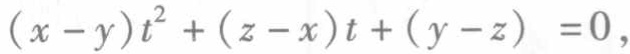
\((x - y)t^{2}+(z - x)t+(y - z)=0\)